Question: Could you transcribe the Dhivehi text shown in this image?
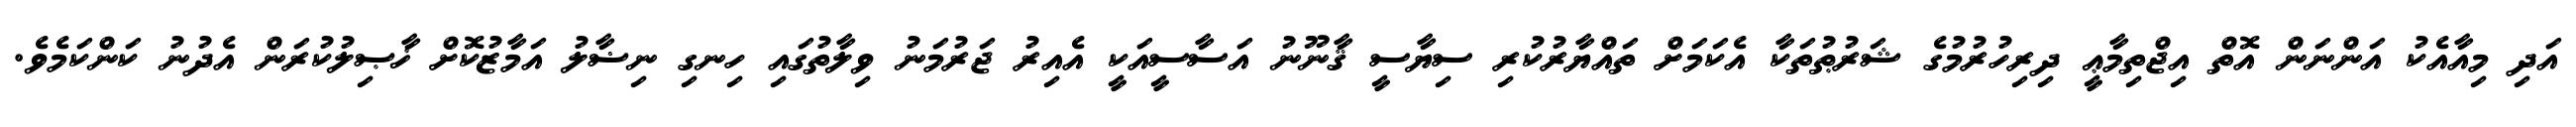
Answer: އަދި މިއާއެކު އަންނަން އޮތް އިޖްތިމާޢީ ދިރިހުރުމުގެ ޝަރުޠުތަކާ އެކަމަށް ތައްޔާރުކުރި ސިޔާސީ ޤާނޫނު އަސާސީއަކީ އެއިރު ޖަރުމަނު ވިލާތުގައި ހިނގި ނިޟާލު އަމާޒުކޮށް ޚާޞިލުކުރަން އެދުނު ކަންކަމެވެ.